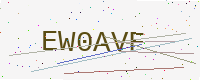
Text: EW0AVF